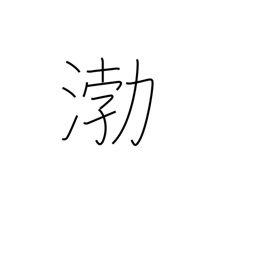
Meaning: place name